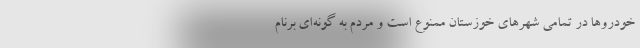
خودروها در تمامی شهرهای خوزستان ممنوع است و مردم به گونه‌ای برنام